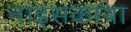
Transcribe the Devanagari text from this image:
नाइसकाया